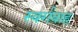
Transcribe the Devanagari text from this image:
स्वर्गवाह